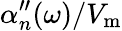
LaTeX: \alpha_{n}^{\prime\prime}(\omega)/V_{\mathrm{m}}